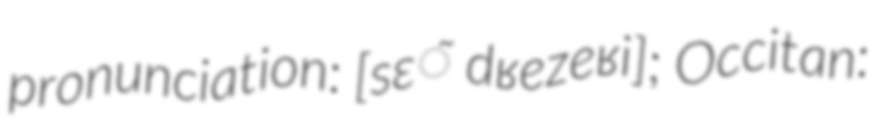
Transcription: pronunciation: ​[sɛ̃ dʁezeʁi]; Occitan: